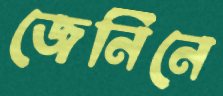
জেনিনে